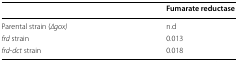
<table><thead><tr><td>[EMPTY_CELL]</td><td><b>Fumarate reductase</b></td></tr></thead><tbody><tr><td>Parental strain (<i>∆gox)</i></td><td>n.d</td></tr><tr><td><i>frd</i> strain</td><td>0.013</td></tr><tr><td><i>frd</i>-<i>dct</i> strain</td><td>0.018</td></tr></tbody></table>